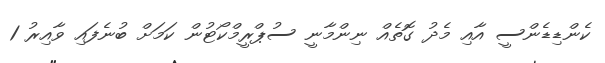
ކެންޑިޑެންސީ އާއި މެދު ގޮތެއް ނިންމާނީ ސުޕްރީމްކޯޓުން ކަމަށް ބުނެފައި ވާއިރު 1